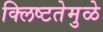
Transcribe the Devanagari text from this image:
क्लिष्टतेमुळे